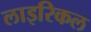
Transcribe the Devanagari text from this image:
लाइरिकल